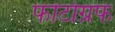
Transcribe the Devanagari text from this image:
फोटोग्रफ